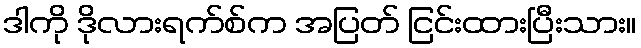
ဒါကို ဒိုလားရက်စ်က အပြတ် ငြင်းထားပြီးသား။